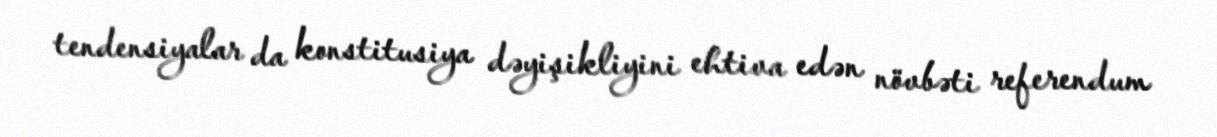
tendensiyalar da konstitusiya dəyişikliyini ehtiva edən növbəti referendum